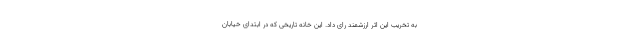
به تخریب این اثر ارزشمند رای داد. این خانه تاریخی که در ابتدای خیابان